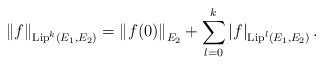
\begin{align*} \left\| f \right\|_{ \operatorname{Lip}^k( E_1, E_2 ) } = \left\| f( 0 ) \right\|_{ E_2 } + \sum_{ l = 0 }^k \left| f \right|_{ \operatorname{Lip}^l( E_1, E_2 ) } .\end{align*}